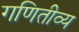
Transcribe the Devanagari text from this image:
गणितीव्य